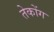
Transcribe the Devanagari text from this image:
तेकोंग